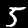
Digit: 5